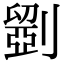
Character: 𠠇